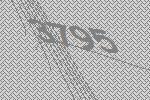
3795